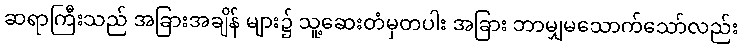
ဆရာကြီးသည် အခြားအချိန် များ၌ သူ့ဆေးတံမှတပါး အခြား ဘာမျှမသောက်သော်လည်း